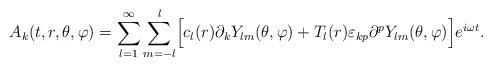
LaTeX: \begin{align*}A_{k}(t,r,\theta,\varphi)=\sum_{l=1}^{\infty}\sum_{m=-l}^{l}\Bigr[c_{l}(r)\partial_{k}Y_{lm}(\theta,\varphi)+T_{l}(r)\varepsilon_{kp}\partial^{p}Y_{lm}(\theta,\varphi)\Bigr]e^{i\omega t}.\end{align*}